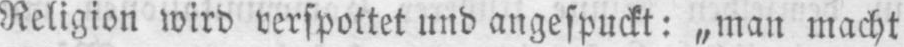
Religion wird verspottet und angespuckt: „man macht